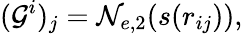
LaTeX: (\mathcal{G}^{i})_{j}=\mathcal{N}_{e,2}(s(r_{ij})),